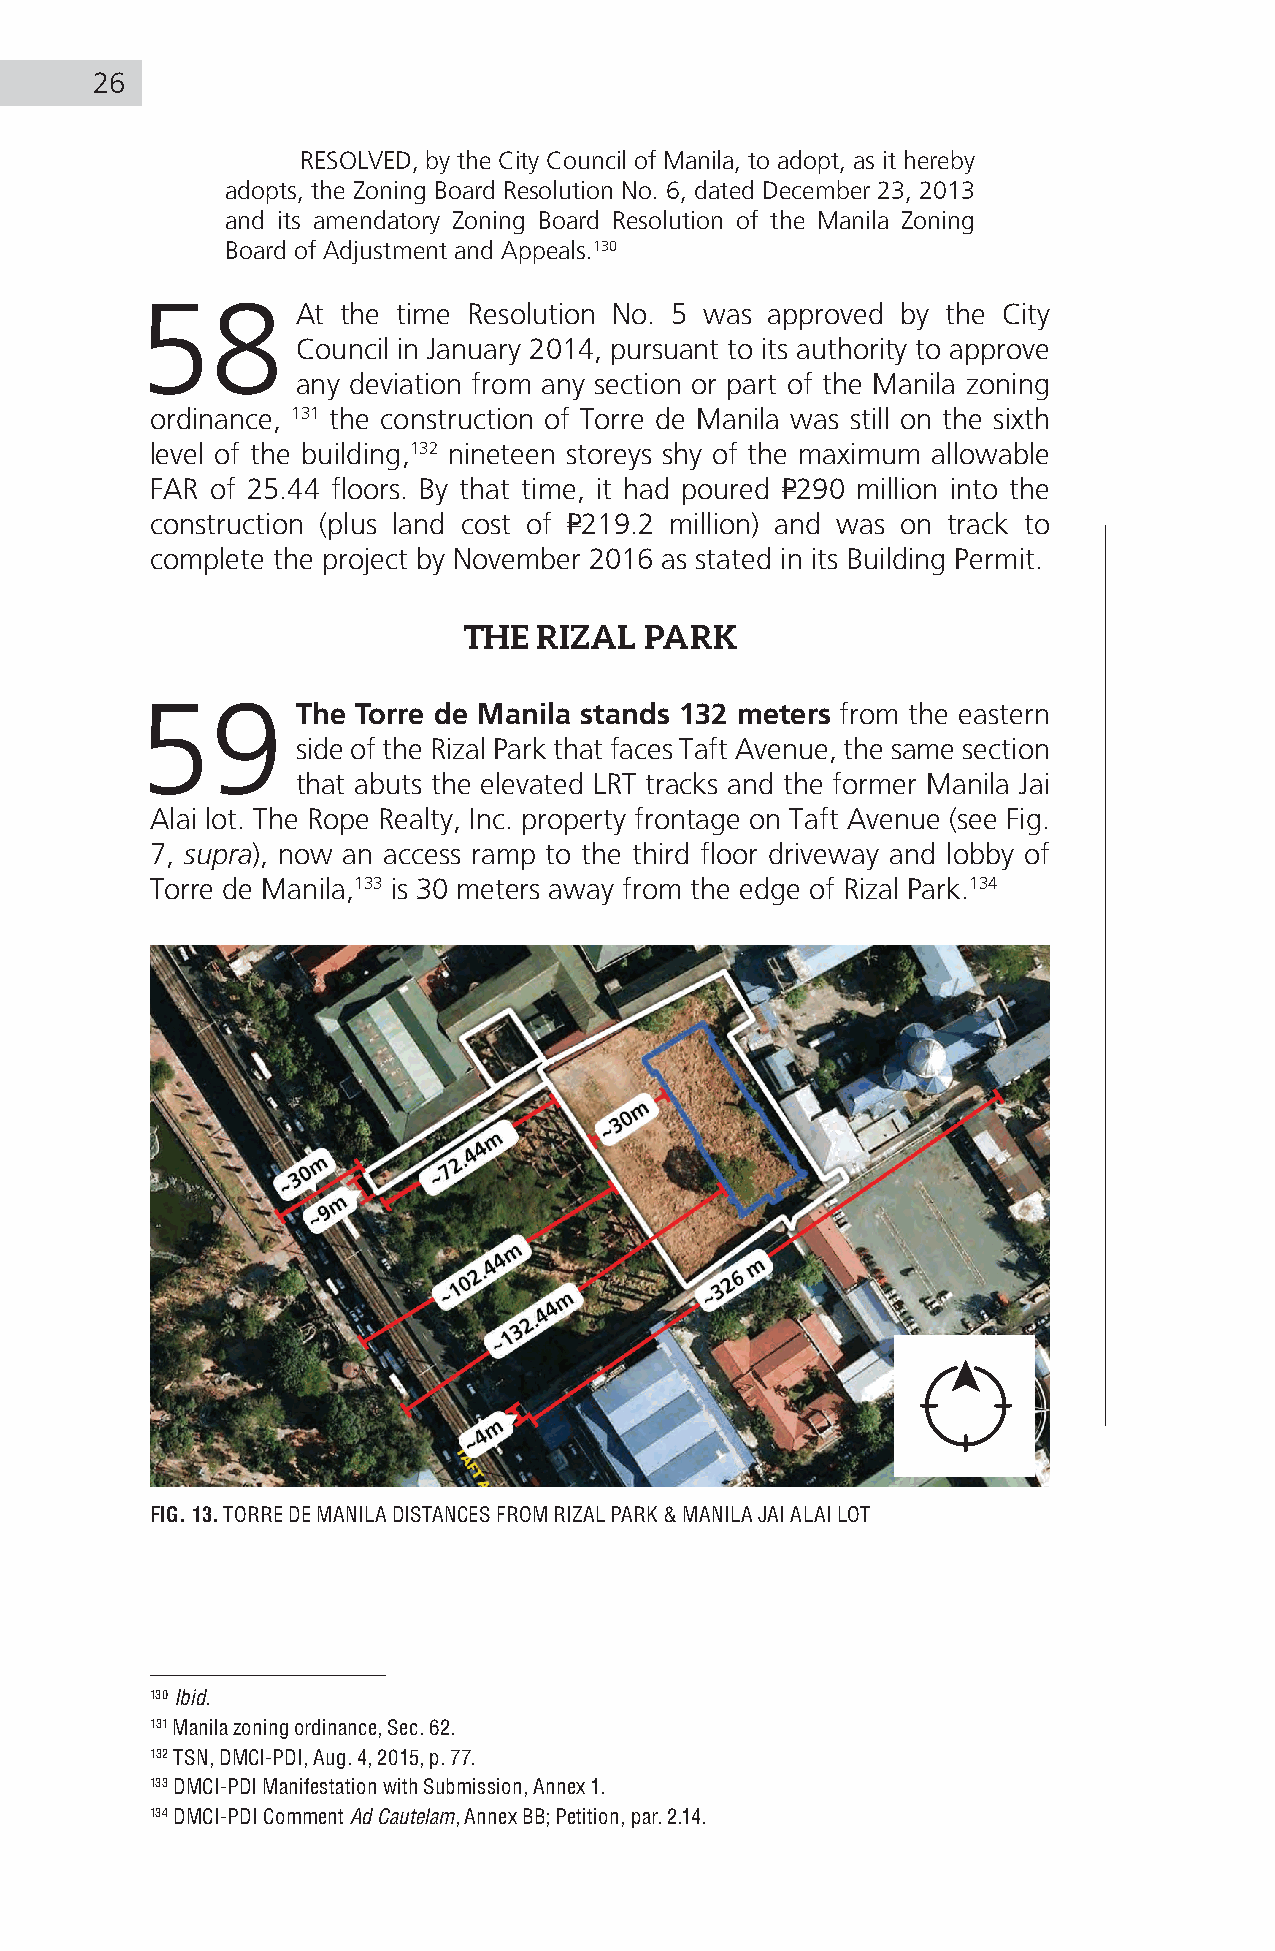
26
 RESOLVED, by the City Council of Manila, to adopt, as it hereby
 adopts, the Zoning Board Resolution No. 6, dated December 23, 2013
 and its amendatory Zoning Board Resolution of the Manila Zoning
 Board of Adjustment and Appeals.130
 58         At the time Resolution No. 5 was approved by the City
 Council in January 2014, pursuant to its authority to approve
 any deviation from any section or part of the Manila zoning
 ordinance, 131 the construction of Torre de Manila was still on the sixth
 level of the building,132 nineteen storeys shy of the maximum allowable
 FAR of 25.44 floors. By that time, it had poured P290 million into the
 construction (plus land cost of P219.2 million) and was on track to
 complete the project by November 2016 as stated in its Building Permit.
 THE  RIZAL  PARK
 59         The Torre de Manila stands 132 meters from the eastern
 side of the Rizal Park that faces Taft Avenue, the same section
 that abuts the elevated LRT tracks and the former Manila Jai
 Alai lot. The Rope Realty, Inc. property frontage on Taft Avenue (see Fig.
 7, supra), now an access ramp to the third floor driveway and lobby of
 Torre de Manila,133 is 30 meters away from the edge of Rizal Park.134
 FIG. 13. TORRE DE MANILA DISTANCES FROM RIZAL PARK & MANILA JAI ALAI LOT
 130 Ibid.
 131 Manila zoning ordinance, Sec. 62.
 132 TSN, DMCI-PDI, Aug. 4, 2015, p. 77.
 133 DMCI-PDI Manifestation with Submission, Annex 1.
 134 DMCI-PDI Comment Ad Cautelam, Annex BB; Petition, par. 2.14.